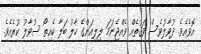
އޮވެއެވެ. ދުވާލުވެސް ވަޤުތެއް ވެއްޖެނަމަ ލިލިއަންގެ ހާލު ބަލާ ކެއިތޯ ސުވާލު ކުރެއެވެ.